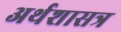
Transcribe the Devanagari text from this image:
अर्थशासत्र